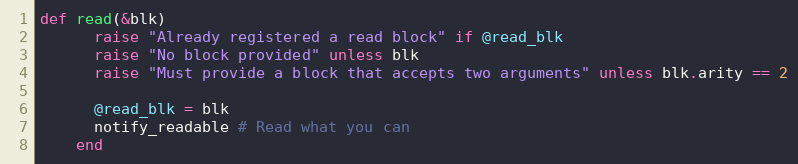
Language: Ruby
def read(&blk)
      raise "Already registered a read block" if @read_blk
      raise "No block provided" unless blk
      raise "Must provide a block that accepts two arguments" unless blk.arity == 2

      @read_blk = blk
      notify_readable # Read what you can
    end